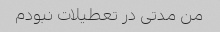
من مدتی در تعطیلات نبودم